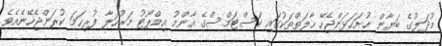
މުދަލުގެ ބަޔާން ހުށަހަޅަންޖެހޭ ހާލަތްތަކުގައި ކަސްޓަމްސްގެ އާންމު އިމްޕޯޓު މަރުހަލާ ފުރިހަމަ ކުރަންޖެހޭނެއެވެ.